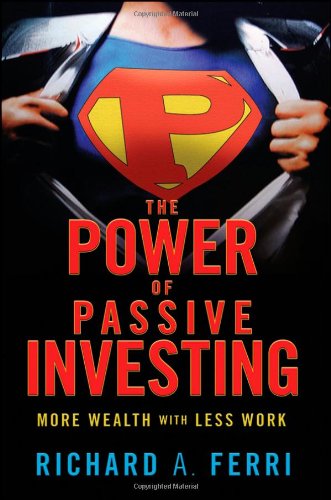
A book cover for The Power of Passive Investing: More Wealth with Less Work; Richard A. Ferri; Business & Money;